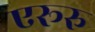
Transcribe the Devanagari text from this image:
एरूरु